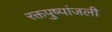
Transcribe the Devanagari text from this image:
रक्तपुष्पांजली